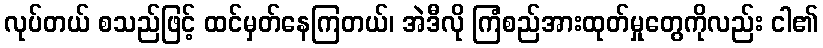
လုပ်တယ် စသည်ဖြင့် ထင်မှတ်နေကြတယ်၊ အဲဒီလို ကြံစည်အားထုတ်မှုတွေကိုလည်း ငါ၏